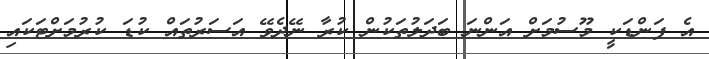
އެ ފަންޑަކީ މޫސުމަށް އަންނަ ބަދަލުތަކުން ކުރާ ނޭދެވޭ އަސަރުތައް ކުޑަ ކުރުމަށްޓަކައި